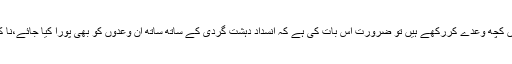
اگر سبب یہ ہے کہ ریاست نے آئین میں کچھ وعدے کررکھے ہیں تو ضرورت اس بات کی ہے کہ انسداد دہشت گردی کے ساتھ ساتھ ان وعدوں کو بھی پورا کیا جائے،نا کہ وعدہ سے ہی دستبردار ہوجایا جائے۔